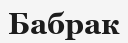
Бабрак